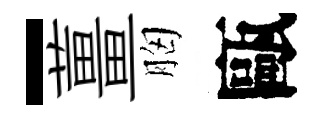
-薑胸甌